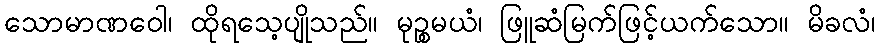
သောမာဏဝေါ၊ ထိုရသေ့ပျိုသည်။ မုဉ္စမယံ၊ ဖြူဆံမြက်ဖြင့်ယက်သော။ မိခလံ၊